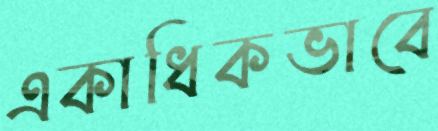
একাধিকভাবে